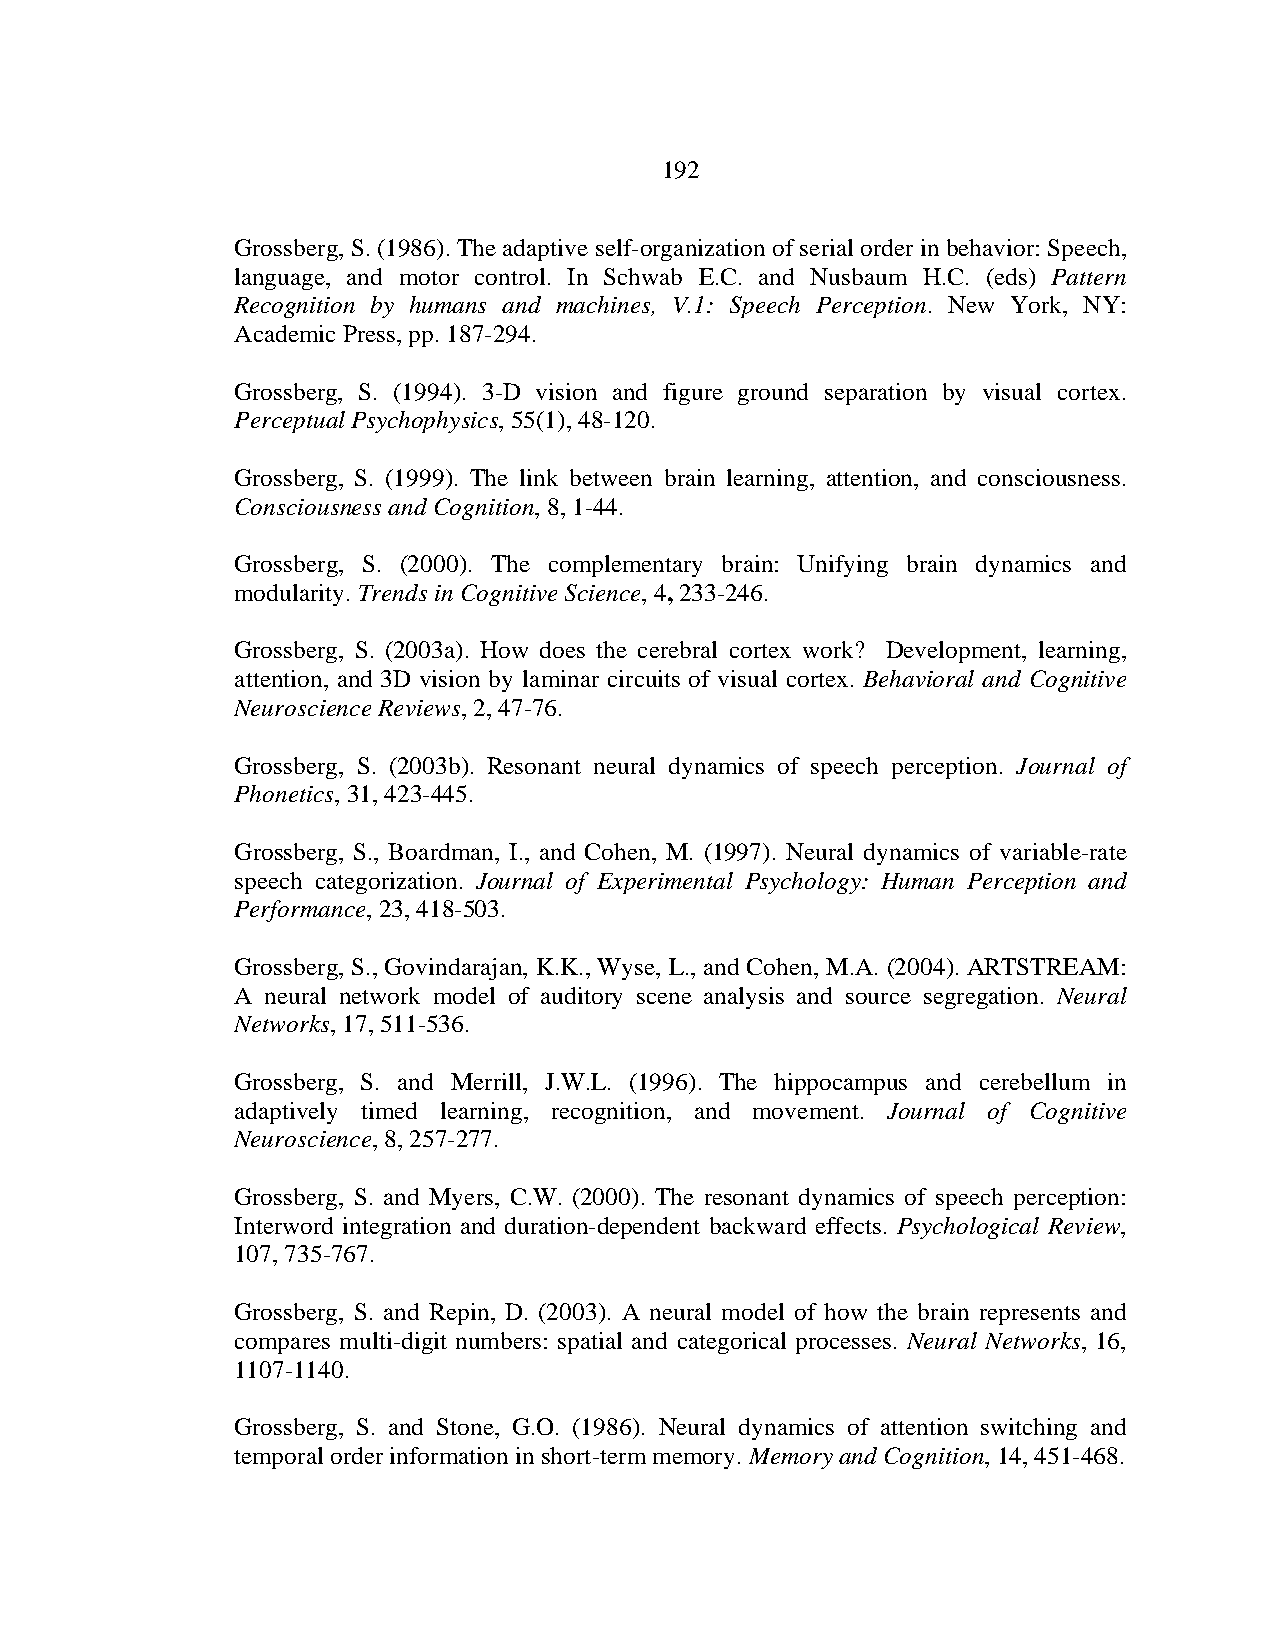
192
 Grossberg, S. (1986). The adaptive self-organization of serial order in behavior: Speech,
 language, and motor control. In Schwab E.C. and Nusbaum H.C. (eds) Pattern
 Recognition by humans and machines, V.1: Speech Perception. New York, NY:
 Academic Press, pp. 187-294.
 Grossberg, S. (1994). 3-D vision and figure ground separation by visual cortex.
 Perceptual Psychophysics, 55(1), 48-120.
 Grossberg, S. (1999). The link between brain learning, attention, and consciousness.
 Consciousness and Cognition, 8, 1-44.
 Grossberg, S. (2000). The complementary brain: Unifying brain dynamics and
 modularity. Trends in Cognitive Science, 4, 233-246.
 Grossberg, S. (2003a). How does the cerebral cortex work? Development, learning,
 attention, and 3D vision by laminar circuits of visual cortex. Behavioral and Cognitive
 Neuroscience Reviews, 2, 47-76.
 Grossberg, S. (2003b). Resonant neural dynamics of speech perception. Journal of
 Phonetics, 31, 423-445.
 Grossberg, S., Boardman, I., and Cohen, M. (1997). Neural dynamics of variable-rate
 speech categorization. Journal of Experimental Psychology: Human Perception and
 Performance, 23, 418-503.
 Grossberg, S., Govindarajan, K.K., Wyse, L., and Cohen, M.A. (2004). ARTSTREAM:
 A neural network model of auditory scene analysis and source segregation. Neural
 Networks, 17, 511-536.
 Grossberg, S. and Merrill, J.W.L. (1996). The hippocampus and cerebellum in
 adaptively timed learning, recognition, and movement. Journal of Cognitive
 Neuroscience, 8, 257-277.
 Grossberg, S. and Myers, C.W. (2000). The resonant dynamics of speech perception:
 Interword integration and duration-dependent backward effects. Psychological Review,
 107, 735-767.
 Grossberg, S. and Repin, D. (2003). A neural model of how the brain represents and
 compares multi-digit numbers: spatial and categorical processes. Neural Networks, 16,
 1107-1140.
 Grossberg, S. and Stone, G.O. (1986). Neural dynamics of attention switching and
 temporal order information in short-term memory. Memory and Cognition, 14, 451-468.